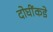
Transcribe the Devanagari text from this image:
दोघींकडे